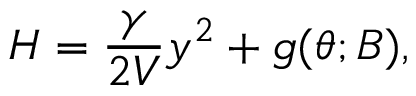
H = \frac { \gamma } { 2 V } y ^ { 2 } + g ( \theta ; B ) ,